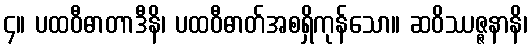
၄။ ပထဝီဓာတာဒီနိ၊ ပထဝီဓာတ်အစရှိကုန်သော။ ဆဝိဿဇ္ဇနာနိ၊